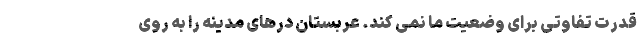
قدرت تفاوتی برای وضعیت ما نمی کند. عربستان درهای مدینه را به روی